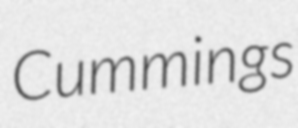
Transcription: Cummings